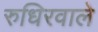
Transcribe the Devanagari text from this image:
रुधिरवाले